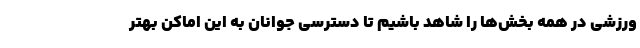
ورزشی در همه بخش‌ها را شاهد باشیم تا دسترسی جوانان به این اماکن بهتر